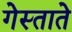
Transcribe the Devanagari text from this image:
गेस्ताते